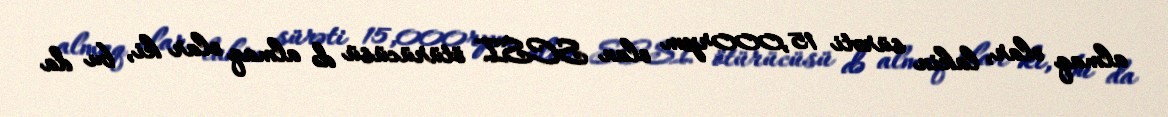
almaq olar, lakin sürəti 15,000rpm olan SCSI ötürücüsü də almaq olar ki, bu da